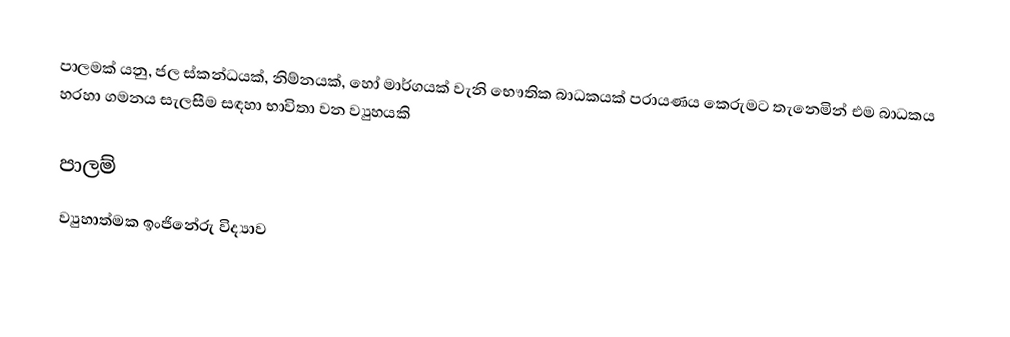
පාලමක් යනු,   ජල ස්කන්ධයක්, නිම්නයක්, හෝ මාර්ගයක් වැනි භෞතික බාධකයක් පරායණය කෙරුමට තැනෙමින් එම බාධකය හරහා ගමනය සැලසීම සඳහා භාවිතා වන ව්‍යුහයකි

පාලම්
ව්‍යුහාත්මක ඉංජිනේරු විද්‍යාව